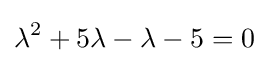
\lambda ^{2}+5\lambda -\lambda -5=0